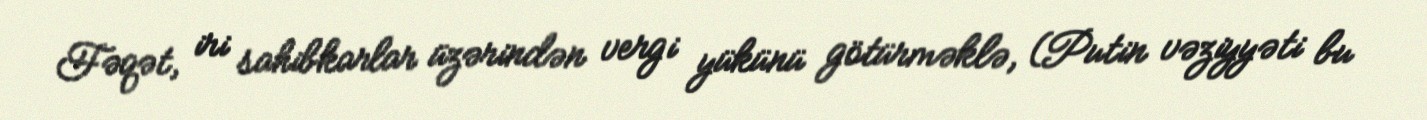
Fəqət, iri sahibkarlar üzərindən vergi yükünü götürməklə, (Putin vəziyyəti bu